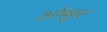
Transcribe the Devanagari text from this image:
ओल्लुर